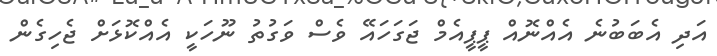
އަދި އެބަބުނެ އެއްނޮއް ޕީޕީއެމް ޖަގަހައޭ ވެސް ވަގުތު ނޫހަކީ އެއްކޮޅަށް ޖެހިގެން